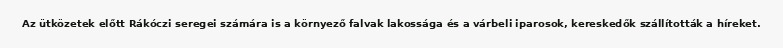
Az ütközetek előtt Rákóczi seregei számára is a környező falvak lakossága és a várbeli iparosok, kereskedők szállították a híreket.